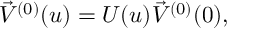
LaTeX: \vec { \cal V } ^ { ( 0 ) } ( u ) = U ( u ) \vec { \cal V } ^ { ( 0 ) } ( 0 ) ,